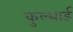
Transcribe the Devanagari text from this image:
कुल्थार्ड